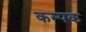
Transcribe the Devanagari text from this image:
कम्पक